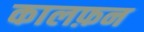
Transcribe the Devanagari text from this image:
कालफ़न